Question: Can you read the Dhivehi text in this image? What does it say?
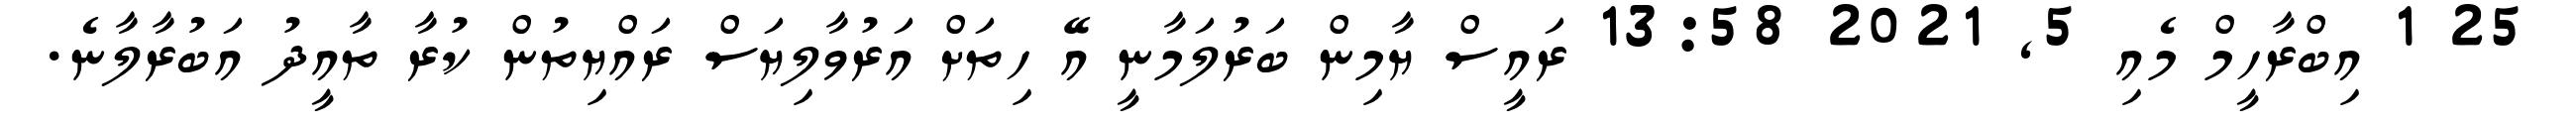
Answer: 25 1 އިބްރާހީމް މެއި 5, 2021 13:58 ރައީސް ޔާމިން ބަރުލަމާނީ އޭ ހިތަށް އަރުވާލިޔަސް ރައްޔިތުން ކުރާ ތާއީދު އަބުރާލާނެ.